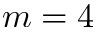
m = 4